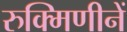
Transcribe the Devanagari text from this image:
रुक्मिणीनें